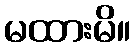
မထားမိ။